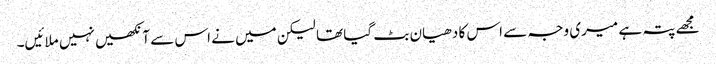
مجھے پتہ ہے میری وجہ سے اس کا دھیان بٹ گیا تھا لیکن میں نے اس سے آنکھیں نہیں ملائیں۔